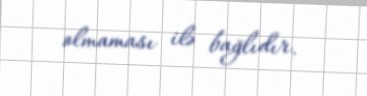
olmaması ilə bağlıdır.